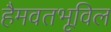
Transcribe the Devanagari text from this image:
हैमवतभूविल